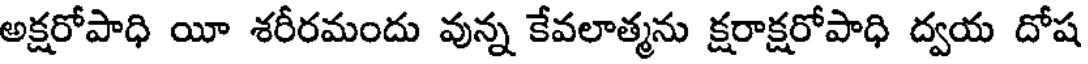
అక్షరోపాధి యీ శరీరమందు వున్న కేవలాత్మను క్షరాక్షరోపాధి ద్వయ దోష